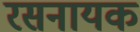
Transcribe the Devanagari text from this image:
रसनायक